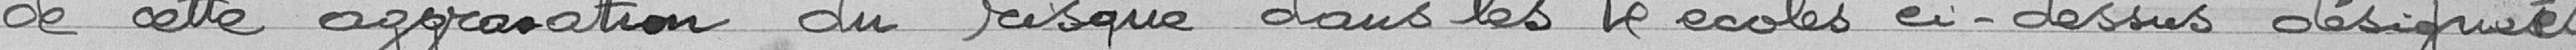
de cette aggravation du risque dans les 4 écoles en-dessus désignées.